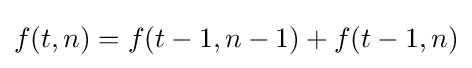
f(t,n)=f(t-1,n-1)+f(t-1,n)